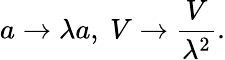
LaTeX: a\to\lambda a,\ V\to\frac{V}{\lambda^{2}}.